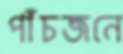
পাঁচজনে